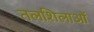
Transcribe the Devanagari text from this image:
तलशिलाओं